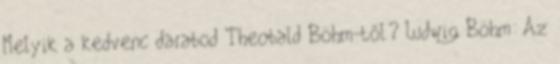
Melyik a kedvenc darabod Theobald Böhm-től? Ludwig Böhm: Az